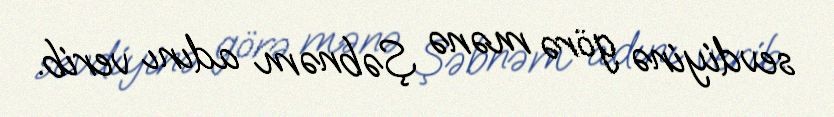
sevdiyinə görə mənə Şəbnəm adını verib.